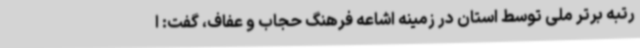
رتبه برتر ملی توسط استان در زمینه اشاعه فرهنگ حجاب و عفاف، گفت: ا